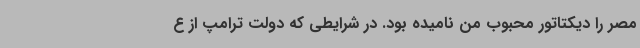
مصر را دیکتاتور محبوب من نامیده بود. در شرایطی که دولت ترامپ از ع